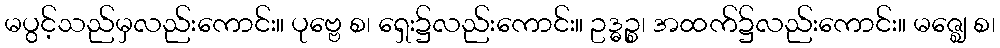
မပွင့်သည်မှလည်းကောင်း။ ပုဗ္ဗေ စ၊ ရှေး၌လည်းကောင်း။ ဥဒ္ဓဉ္စ၊ အထက်၌လည်းကောင်း။ မဇ္ဈေ စ၊